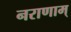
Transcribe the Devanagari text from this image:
नराणाम्